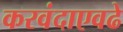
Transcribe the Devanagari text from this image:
करवंदाएवढे